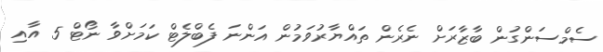
ސެމްސަންގުން ބާޒާރަށް ނެރެން ތައްޔާރުވަމުން އަންނަ ފެބްލެޓް ކަމަށްވާ ނޯޓް 5 އާއި